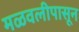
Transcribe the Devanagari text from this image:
मळवलीपासून